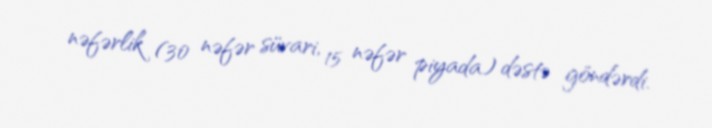
nəfərlik (30 nəfər süvari, 15 nəfər piyada) dəstə göndərdi.